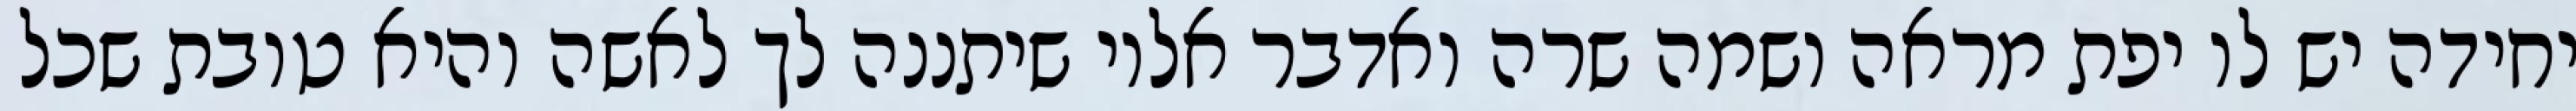
יחידה יש לו יפת מראה ושמה שרה ואדבר אליו שיתננה לך לאשה והיא טובת שכל